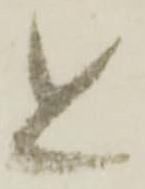
近